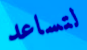
لتساعد